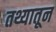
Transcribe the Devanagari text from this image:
तथ्यातून